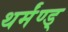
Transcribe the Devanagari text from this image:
थर्मंण्ड्